Scottish Leaving Certificate Examination, 1960
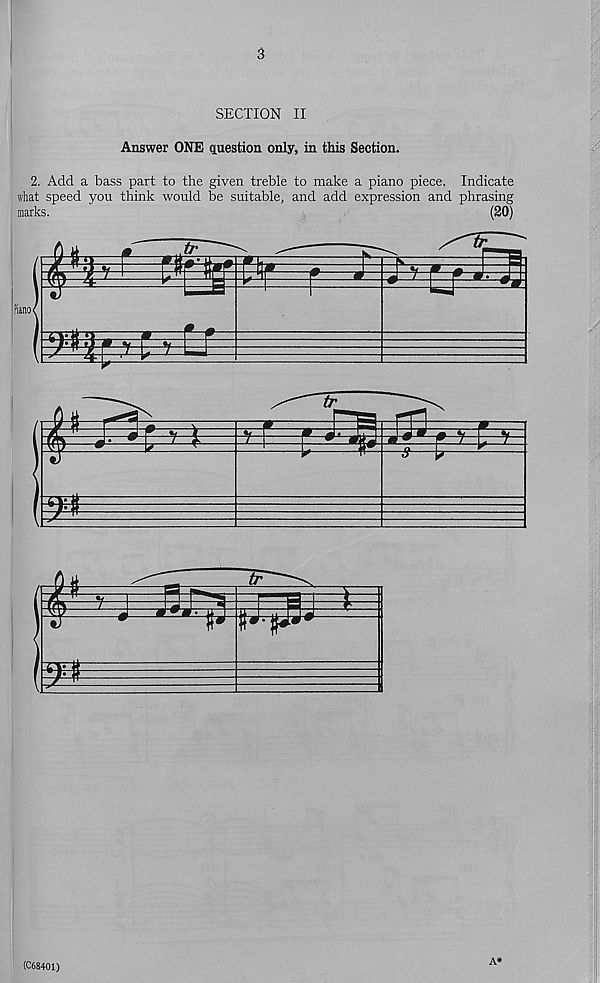
3
SECTION II
Answer ONE question only, in this Section.
2. Add a bass part to the given treble to make a piano piece. Indicate
what speed you think would be suitable, and add expression and phrasing
marks.
(20)
A*
(C68401)